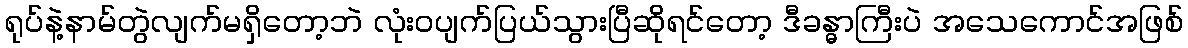
ရုပ်နဲ့နာမ်တွဲလျက်မရှိတော့ဘဲ လုံးဝပျက်ပြယ်သွားပြီဆိုရင်တော့ ဒီခန္ဓာကြီးပဲ အသေကောင်အဖြစ်